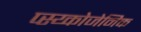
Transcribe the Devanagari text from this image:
प्स्य्कोजेनिक